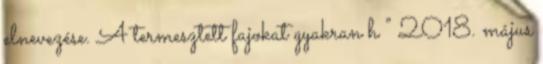
elnevezése. A termesztett fajokat gyakran h ” 2018. május